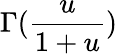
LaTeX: \Gamma(\frac{u}{1+u})